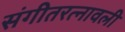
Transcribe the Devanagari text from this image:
संगीतरत्नावली